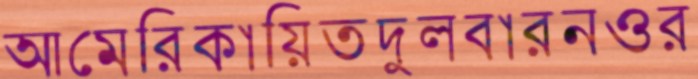
আমেরিকায়িতদুলবারনওর